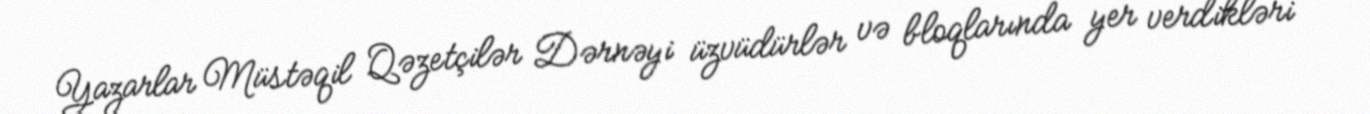
Yazarlar Müstəqil Qəzetçilər Dərnəyi üzvüdürlər və bloqlarında yer verdikləri